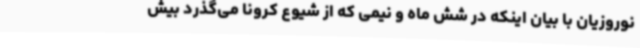
نوروزیان با بیان اینکه در شش ماه و نیمی که از شیوع کرونا می‌گذرد بیش